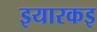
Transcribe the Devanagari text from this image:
इयारकइ